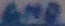
Text: GND